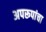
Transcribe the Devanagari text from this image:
अपरूपांचा